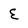
Character: E